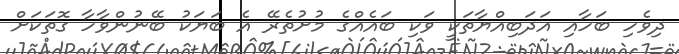
ދިވެހި ބަހާއި އަދަބިއްޔާތަކީ ވަކި ބައެއްގެ މުށުތެރޭ އެ ބަޔަކު ބޭނުންވާހާ ގޮތަކަށް